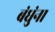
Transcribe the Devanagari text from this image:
बंधुंना